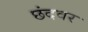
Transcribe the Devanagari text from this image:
छंदवर